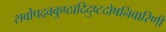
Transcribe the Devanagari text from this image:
सर्वोपद्रवकुष्ठादिदुष्टदोषनिवारिणी